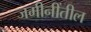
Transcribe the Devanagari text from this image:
जमीनींतील